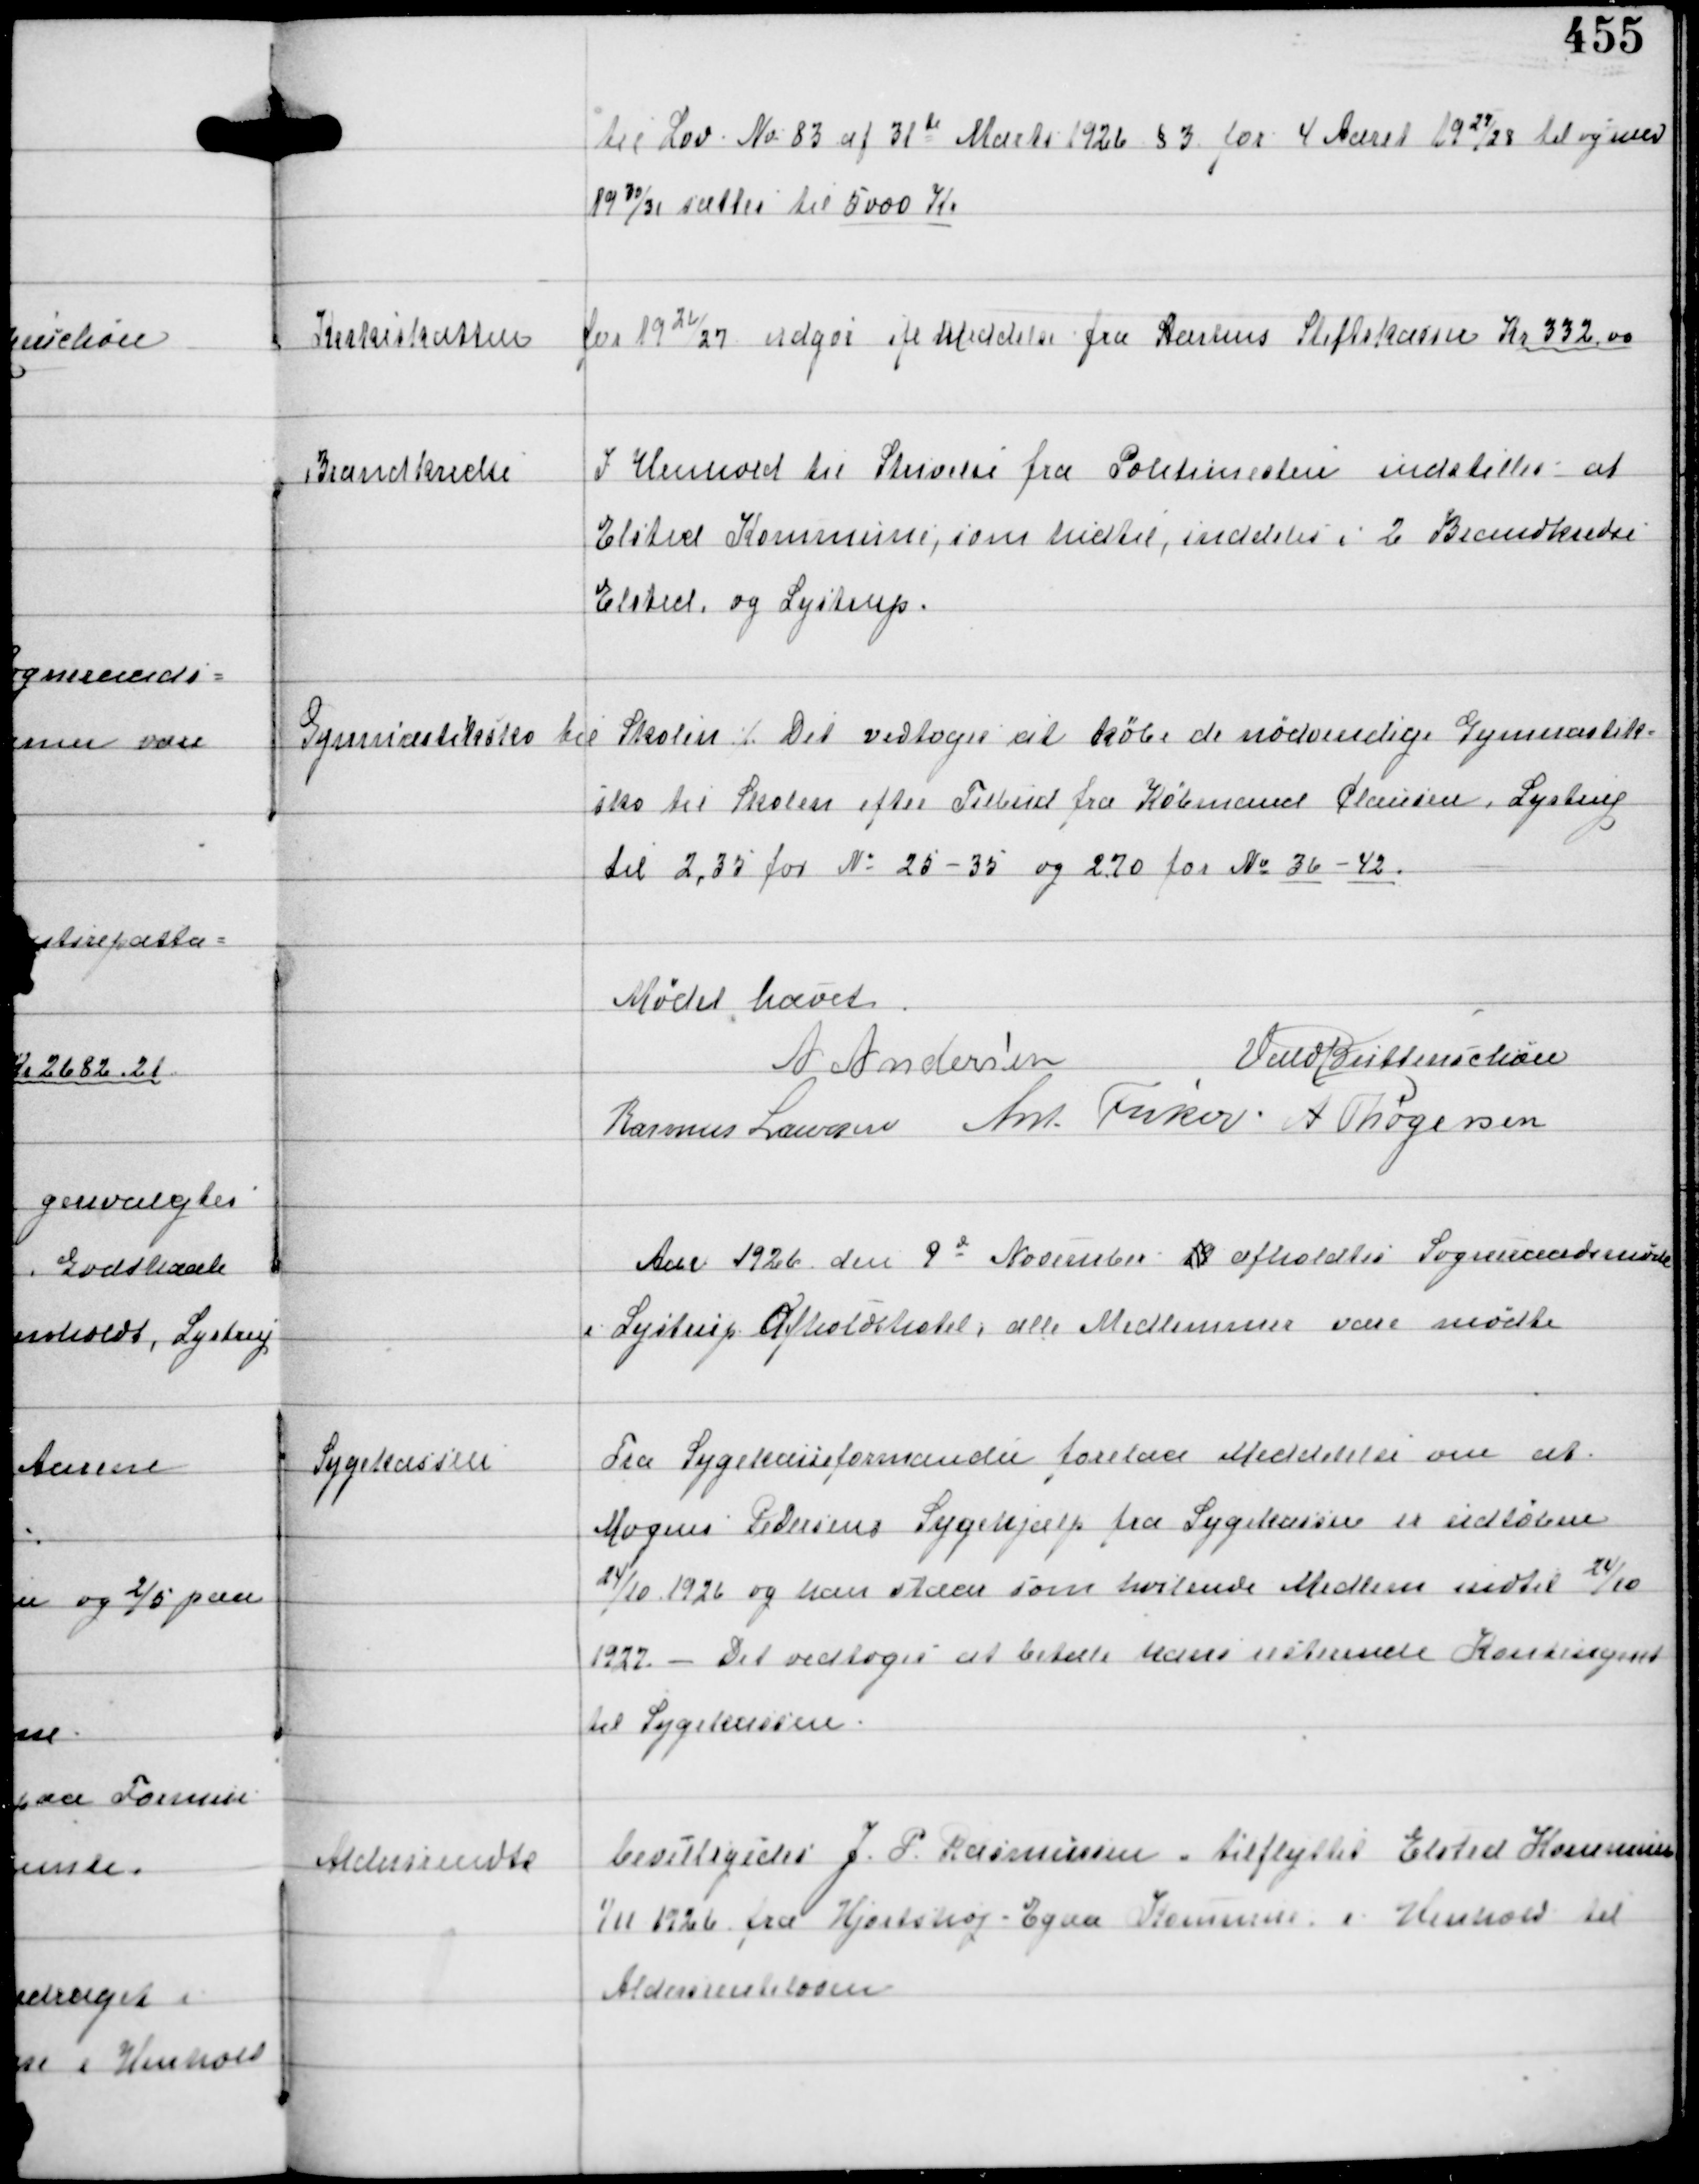
Transskription:
til Lov No 83 af 31te Marts 1926 §3 for 4 Aaret 1924/28 til og med
1930/31 sattes til 5000 Kr

Kirkeskatten

for 1926/27 udgør ifl Meddelelse fra Statens Stiftskasse Kr 332,00

Brandkredse

I Henhold til Skrivelse fra Politimesten Indstilles at
Elsted Kommune, som hidtil inddeles i 2 Brandkredse
Elsted og Lystrup.

Gymnastiksko til Skolen
⁒ Det vedtoges at købe de nødvendige Gymnastik-
sko til Skolen efter Tilbud fra Købmand Clausen, Lystrup
til 2,35 for No 25-35 og 2,70 for No 36-42.

Mødet hævet
A Andersen
Vald Buttenschøn
Rasmus Laursen Ant Fisker A Thøgersen

Aar 1926 den 9d November 19 afholdtes Sogneraadsmøde
i Lystrup Afholdshotel, alle Medlemmer vare mødte

Sygekassen

Fra Sygekasseformanden forelaa Meddelelse om at
Mogens Pedersens Sygehjælp fra Sygekassen er udløbne
24/10 1926 og han staar som hvilende Medlem indtil 24/10
1927 - Det vedtoges at betale hans ustaaende Kontingent
til Sygekassen.

Aldersrendte

bevilligedes J. P. Rasmussen - tilflyttet Elsted Kommune
1/11 1926 fra Hjortshøj-Egaa Kommue i Henhold til
Aldersrenteloven